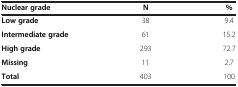
| Nuclear grade | N | % |
 | --- | --- | --- |
 | Low grade | 38 | 9.4 |
 | Intermediate grade | 61 | 15.2 |
 | High grade | 293 | 72.7 |
 | Missing | 11 | 2.7 |
 | Total | 403 | 100 |